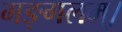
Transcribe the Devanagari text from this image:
मङ्गलम्।